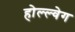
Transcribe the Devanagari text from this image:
होल्ल्वेग